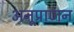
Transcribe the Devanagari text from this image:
अनूप्राणन